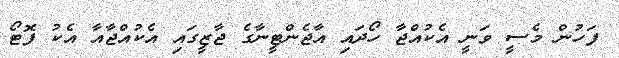
ފަހުން މެސީ ވަނީ އެކުއްޖާ ހޯދައި އާޖެންޓީނާގެ ޖާޒީގައި އެކުއްޖާއާ އެކު ފޮޓޯ